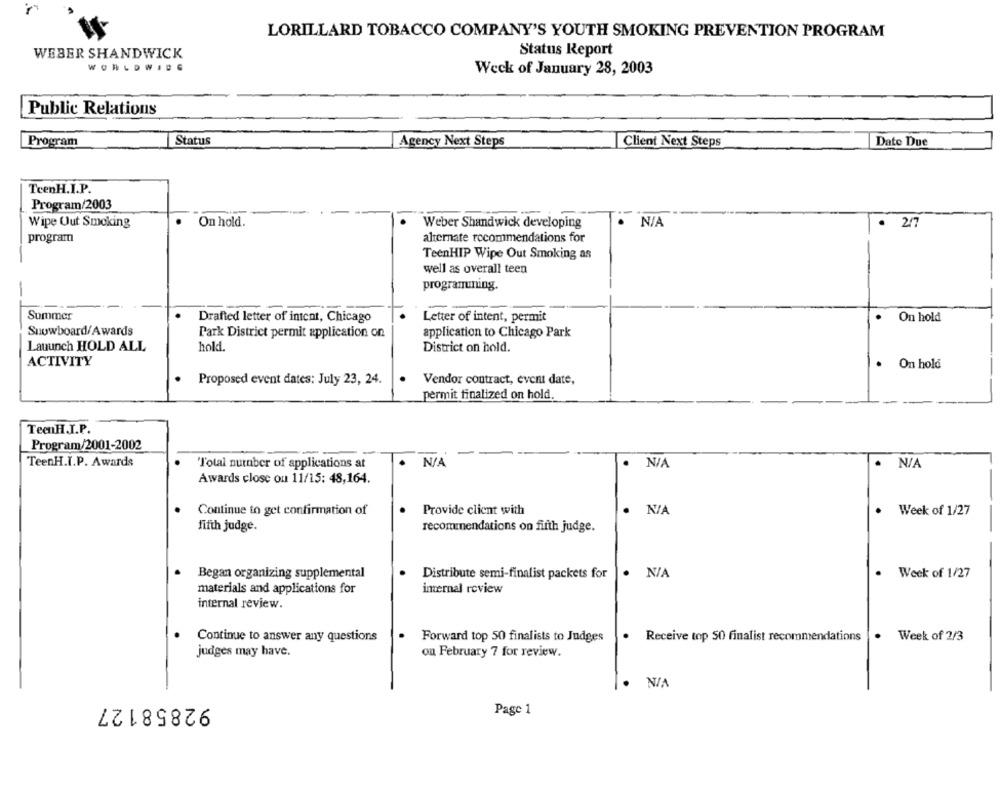
LORILLARD TOBACCO COMPANY'S YOUTH SMOKING PREVENTION PROGRAM
WEBER SHANDWICK
Status Report
WORLDWIDE
Weck of January 28, 2003
Public Relations
Program
Status
Agency Next Steps
Client Next Steps
Date Due
TeenH.I.P.
Program/2003
Wipe Out Smoking
.
On hold.
Weber Shandwick developing
. 2/7
program
alternate recommendations for
TeenHIP Wipe Out Smoking as
well as overall teen
programuning.
Summer
Drafted letter of intent, Chicago
Letter of intent, permit
On hold
Snowboard/Awards
Park District permit application on
application to Chicago Park
Lauunch HOLD ALL
hold.
District on hold.
ACTIVITY
· On hold
Proposed event dates: July 23, 24.
Vendor contract, event date,
permit finalized on hold.
TeenH.I.P.
Program/2001-2002
TeenH.I.P. Awards
'Total nurnber of applications at
.
Awards close ou 11/15: 48,164.
Continue to get confirmation of
Provide client with
.
.
Week of 1/27
fifth judge.
recommendations on fifth judge.
Began organizing supplemental
Distribute semi-finalist packets for
.
Week of 1/27
materials and applications for
internal review
internal review.
Continue to answer any questions
Forward top 50 finalists to Judges
Receive top 50 finalist recommendations
. Week of 2/3
judges may have.
on February 7 for review.
92858127
Page 1